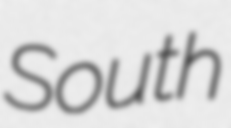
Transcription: South